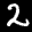
Label: 2